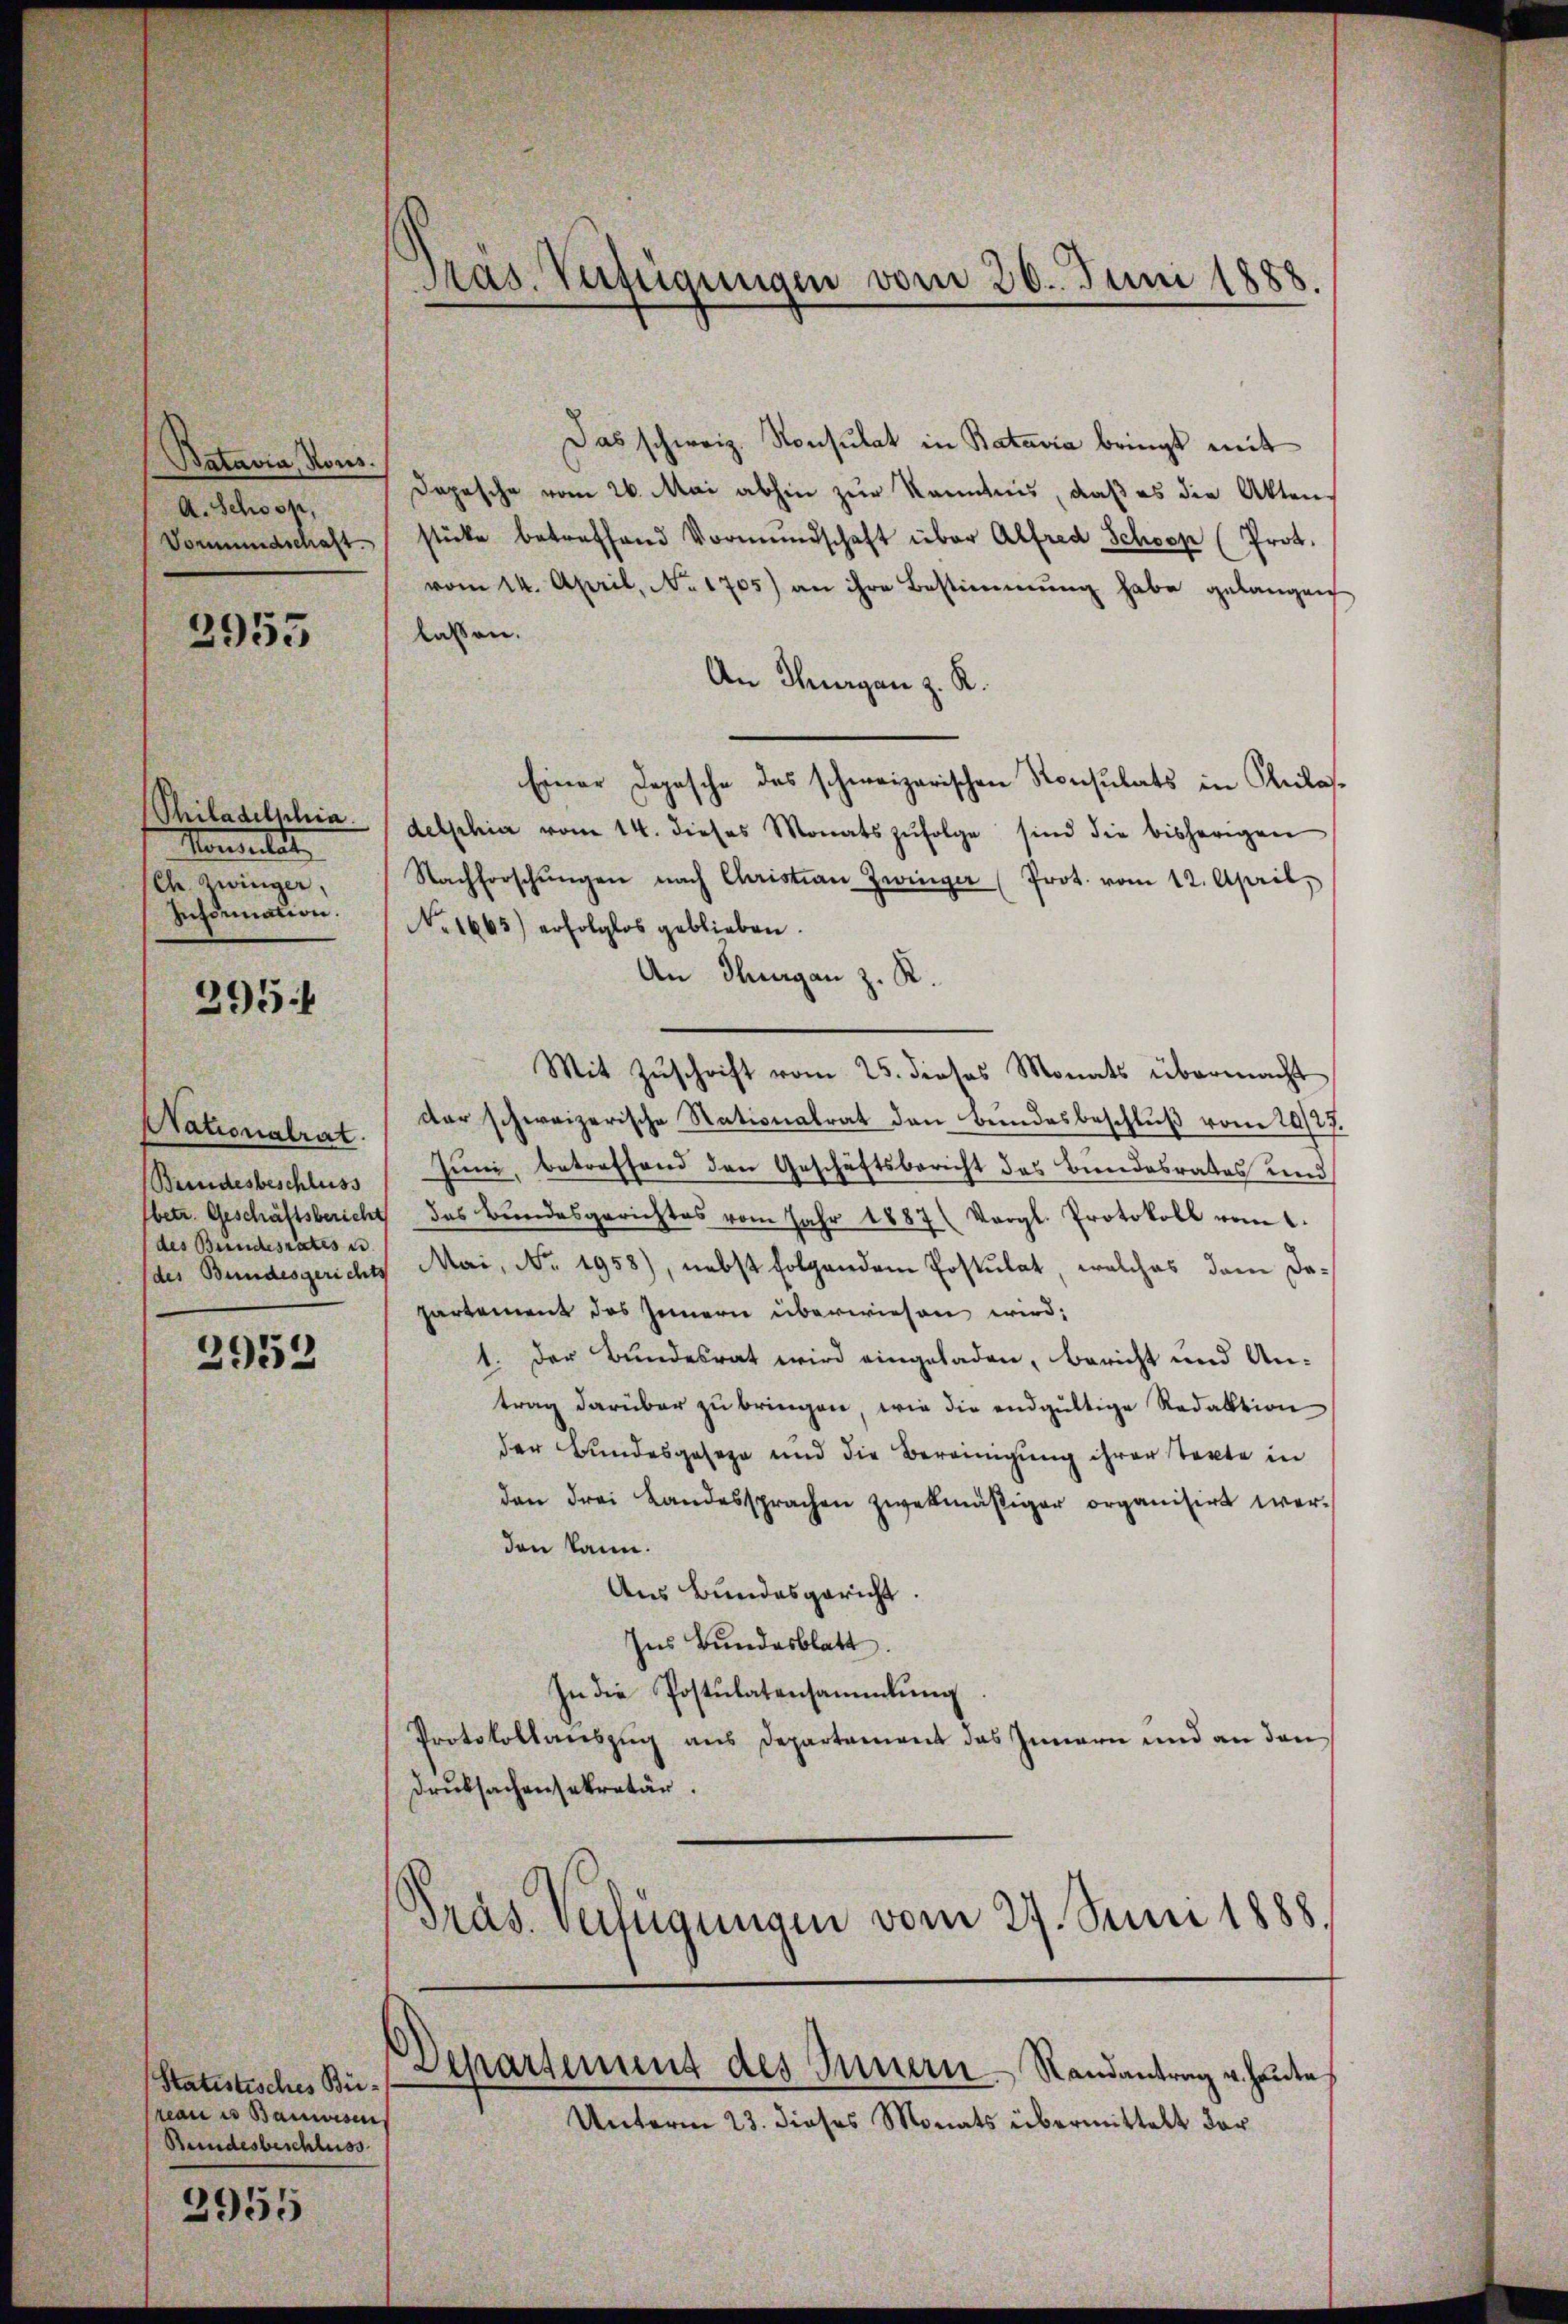
Batavia, Kons.
A. Schoss,
Vormundschaft.
3955

Philadelschia
Manmelde
Ch. Zwinger,
Information.

295.

Stationalrat.
Bundesbeschluss
des Bundesrates u.

2952

Statistisches Büreau es Bauwesen
Bundesbeschluss
3955

Präs. Verfügungen vom 20. Juni 1888.

Das schweiz. Konsulat in Batavia bringt mit
Dopesche vom 26. Mai abhin zur Kenntnis, daß es die Akten,
stücke betreffend Vormŭndschaft über Alfred Schoop (Prot.
vom 14. April, No. 1705) an ihre Bestimmung habe gelangen
lassen.
An Thurgau z. K.
Einer Depesche des schweizerischen Konsulats in Pladelphia vom 14. dieses Monatszŭfolge sind die bisherigen
Nachforschŭngen nach Christian Zwinger (Prot. vom 12. April,
No. 1665) erfolglos geblieben.
An Thurgan z. R.
Mit Zuschrift vom 25. dieses Monats übermacht
der schweizerische Stationalrat den Bundesbeschluß vom 29/27.
Juni, betreffend den Geschäftsbericht das Bundesrates und
betr. Geschäftsbericht des Bŭndesgerichtes vom Jahr 1887 (Vergl. Protokoll vom 2.
des Bundesgerichts Mai, No. 1958), nebst folgendem Postulat, welches dem dapartement des Innern überwiesen wird;
1. Der Bundesrat wird eingeladen, bericht und An-
trag darüber zu bringen, wie die endgültige Redaktion
der Bundesgeseze und die Bereinigung ihrer Tekte in
den Frei Landessprachen zwekmäßiger organisirt werden kann.
Aus Bundesgericht.
Ins Bundesblatt.
In die Postulatensammlung
Protokollauszug aus Departement das Innern und an den
Druksachensekretär.
Präs. Verfügungen vom 27. Juni 1888.

Departement des Innern Randantrag u. heute

Unterm 23. dieses Monats übermittelt der